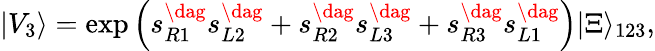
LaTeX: |V_{3}\rangle=\exp\Big(s_{R1}^{\dag}s_{L2}^{\dag}+s_{R2}^{\dag}s_{L3}^{\dag}+s_{R3}^{\dag}s_{L1}^{\dag}\Big)|\Xi\rangle_{123},